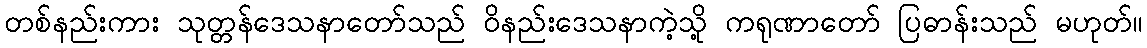
တစ်နည်းကား သုတ္တန်ဒေသနာတော်သည် ဝိနည်းဒေသနာကဲ့သို့ ကရုဏာတော် ပြဓာန်းသည် မဟုတ်။